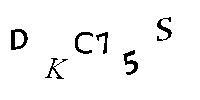
DKC75S